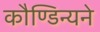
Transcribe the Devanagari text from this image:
कौण्डिन्यने